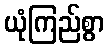
ယုံကြည်စွာ